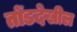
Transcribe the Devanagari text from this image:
तोंडदेखील